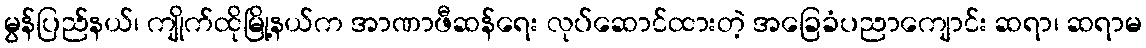
မွန်ပြည်နယ်၊ ကျိုက်ထိုမြို့နယ်က အာဏာဖီဆန်ရေး လုပ်ဆောင်ထားတဲ့ အခြေခံပညာကျောင်း ဆရာ၊ ဆရာမ